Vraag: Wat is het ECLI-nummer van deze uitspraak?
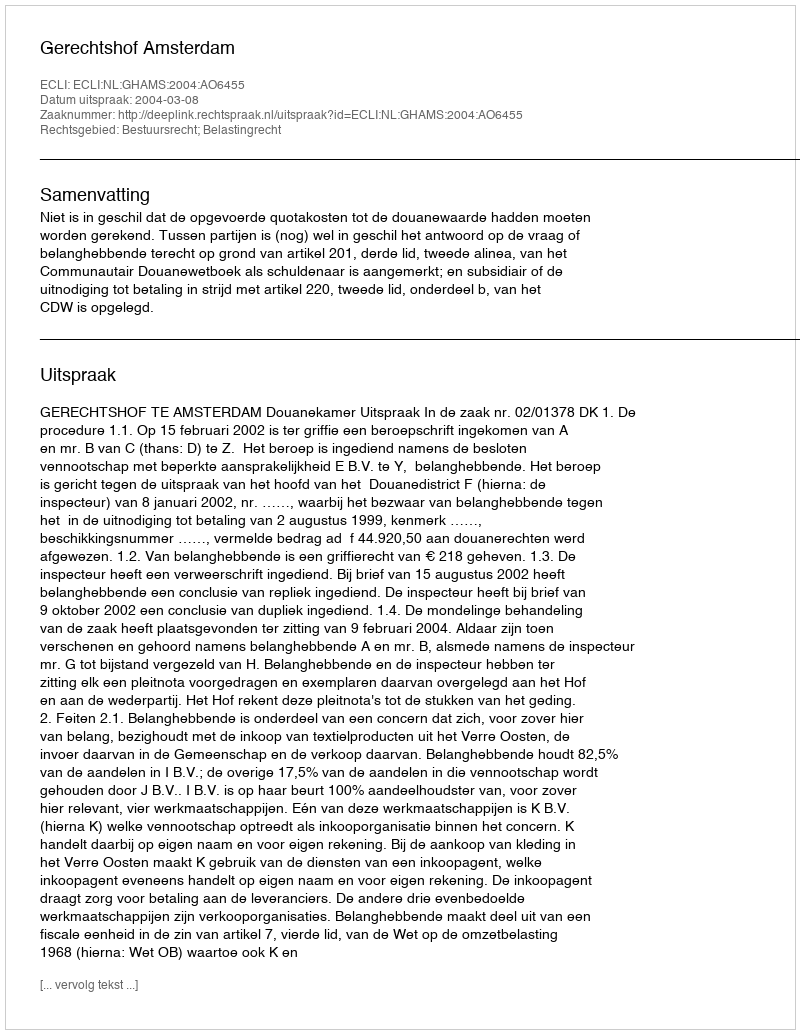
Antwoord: ECLI:NL:GHAMS:2004:AO6455